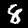
Label: 8